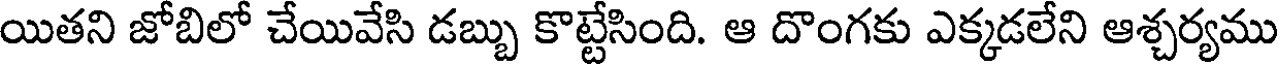
యితని జోబిలో చేయివేసి డబ్బు కొట్టేసింది. ఆ దొంగకు ఎక్కడలేని ఆశ్చర్యము